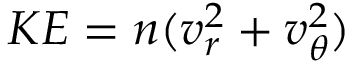
K E = n ( v _ { r } ^ { 2 } + v _ { \theta } ^ { 2 } )